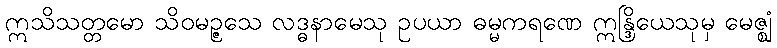
ဣသိသတ္တမော သိဝမဉ္ဇသေ လဒ္ဓနာမေသု ဥပယာ ဓမ္မကရဏေ ဣန္ဒြိယေသုမှ မေဇ္ဈံ